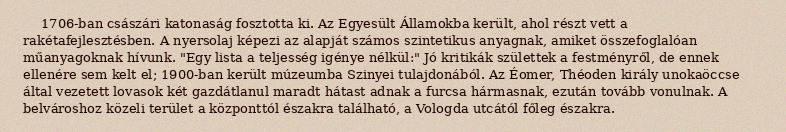
1706-ban császári katonaság fosztotta ki. Az Egyesült Államokba került, ahol részt vett a rakétafejlesztésben. A nyersolaj képezi az alapját számos szintetikus anyagnak, amiket összefoglalóan műanyagoknak hívunk. "Egy lista a teljesség igénye nélkül:" Jó kritikák születtek a festményről, de ennek ellenére sem kelt el; 1900-ban került múzeumba Szinyei tulajdonából. Az Éomer, Théoden király unokaöccse által vezetett lovasok két gazdátlanul maradt hátast adnak a furcsa hármasnak, ezután tovább vonulnak. A belvároshoz közeli terület a központtól északra található, a Vologda utcától főleg északra.